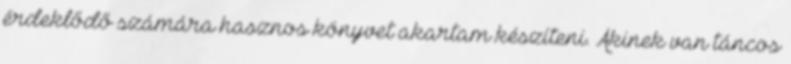
érdeklődő számára hasznos könyvet akartam készíteni. Akinek van táncos